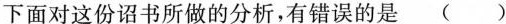
下面对这份诏书所做的分析，有错误的是()